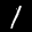
Label: 1